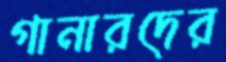
গানারদের